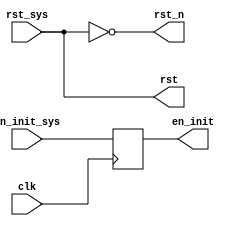
module io_top
(
    // clk
    clk,
    // input
    rst_sys,
    en_init_sys,
    // output
    rst,
    rst_n,
    en_init
);

////////////////////////////////////////////////////////////
//  parameters
////////////////////////////////////////////////////////////


////////////////////////////////////////////////////////////
// ports
////////////////////////////////////////////////////////////
input wire clk;

input wire rst_sys;
input wire en_init_sys;

//output reg rst;
//output reg rst_n;
output wire rst;
output wire rst_n;
output reg en_init;



////////////////////////////////////////////////////////////
// internals
////////////////////////////////////////////////////////////

////////////////////////////////////////////////////////////
// combinational logic
////////////////////////////////////////////////////////////

////////////////////////////////////////////////////////////
// sequential logic
////////////////////////////////////////////////////////////


/*
always@(posedge clk)
begin
    rst <= rst_sys;
end

always@(posedge clk)
begin
    rst_n <= !rst_sys;
end
*/

assign rst = rst_sys;
assign rst_n = !rst_sys;


always@(posedge clk)
begin
    en_init <= en_init_sys;
end



endmodule